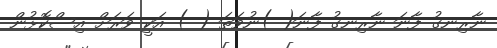
ނާރިނގު ފާނަ ނާރިނގު ފާނަ( )ނުވަތަ ( ) އަކީ ވަރަށް އިސްކޮޅުން